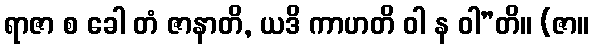
ရာဇာ စ ခေါ တံ ဇာနာတိ, ယဒိ ကာဟတိ ဝါ န ဝါ”တိ။ (ဇာ။